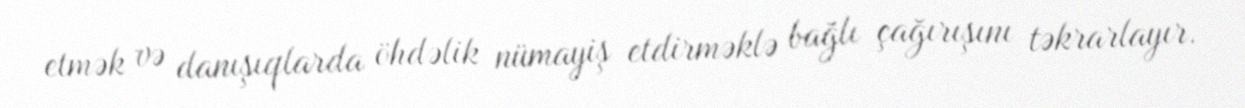
etmək və danışıqlarda öhdəlik nümayiş etdirməklə bağlı çağırışını təkrarlayır.